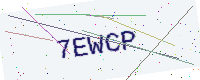
Text: 7EWCP